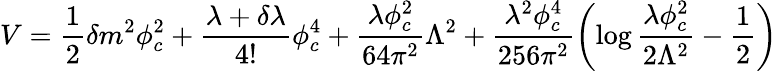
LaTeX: V=\frac{1}{2}\delta m^{2}\phi_{c}^{2}+\frac{\lambda+\delta\lambda}{4!}\phi_{c}^{4}+\frac{\lambda\phi_{c}^{2}}{64\pi^{2}}\Lambda^{2}+\frac{\lambda^{2}\phi_{c}^{4}}{256\pi^{2}}\left(\log\frac{\lambda\phi_{c}^{2}}{2\Lambda^{2}}-\frac{1}{2}\right)